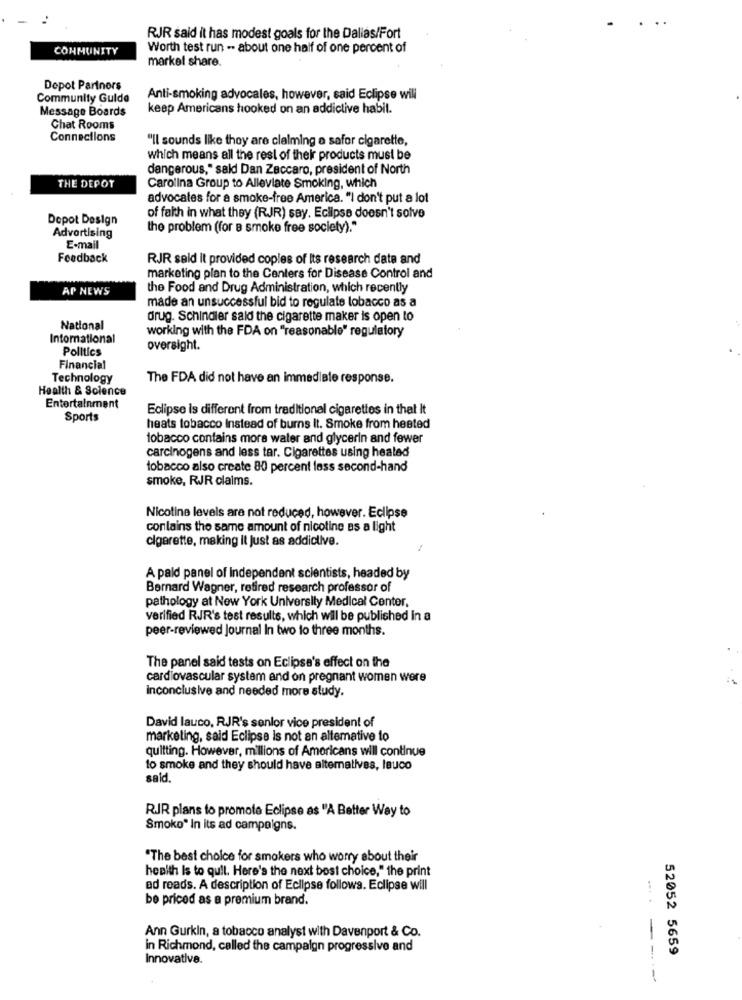
RJR said it has modest goals for the Dalias/Fort
CONMUNITY
Worth test run - about one half of one percent of
market share.
Depot Partners
Community Guide
Anti-smoking advocales, however, said Eclipse will
Message Boards
keep Americans hooked on an addictive habil.
Chat Rooms
Connections
"Il sounds like they are claiming a safer cigarette,
which means all the rest of their products must be
dangerous," said Dan Zaccaro, president of North
THE DEPOT
Carolina Group to Alleviate Smoking, which
advocates for a smoke-free America. "I don't put a lot
Depot Design
of faith in what they (RJR) say. Eclipse doesn't solve
the problem (for B smoke free society)."
Advertising
E-mail
Feedback
RJR said it provided copies of Its research date and
marketing plan to the Centers for Disease Control and
AP NEWS
the Food and Drug Administration, which recently
made an unsuccessful bid to regulate tobacco as a
drug. Schindler said the cigarette maker is open to
National
working with the FDA on "reasonable" regulatory
International
Politics
oversight.
Financial
Technology
The FDA did not have an immediate response.
Health & Solence
Entertainment
Eclipse is different from traditional cigarettes in that It
Sports
heats tobacco Instead of burns It. Smoke from hested
tobacco contains more water and glycerin and fewer
carcinogens and less tar. Cigarettes using heated
tobacco also create 80 percent lass second-hand
smoke, RJR claims.
Nicotine levels are not reduced, however. Eclipse
conlains the same amount of nicotine as a light
cigarette, making it Just as addictive.
A paid panel of Independent scientists, headed by
Bernard Wagner, retired research professor of
pathology at New York University Medical Center,
verified RJR's test results, which will be published in a
peer-reviewed Journal In two to three months.
The panel said tests on Eclipse's effect on the
cardiovascular system and on pregnant women were
inconclusive and needed more study.
David lauco, RJR's senior vice president of
marketing, said Eclipse is not an altemative to
quitting. However, millions of Americans will continue
to smoke and they should have alternatives, leuco
said,
RJR plans to promote Eclipse as "A Better Way to
Smoko" In its ad campaigns.
"The best choice for smokers who worry about their
health Is to quit. Here's the next best choice," the print
ad reads. A description of Eclipse follows. Eclipse will
be priced as a premium brand.
Ann Gurkin, a tobacco analyst with Davenport & Co.
in Richmond, called the campaign progressive and
52052 5659
Innovative.
---